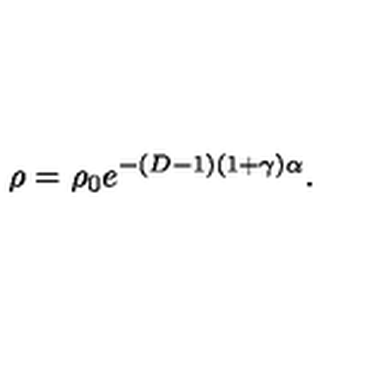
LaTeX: \rho = \rho _ { 0 } e ^ { - ( D - 1 ) ( 1 + \gamma ) \alpha } .